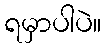
ရမှာပါပဲ။